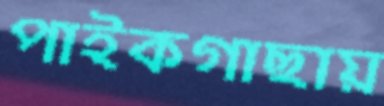
পাইকগাছায়